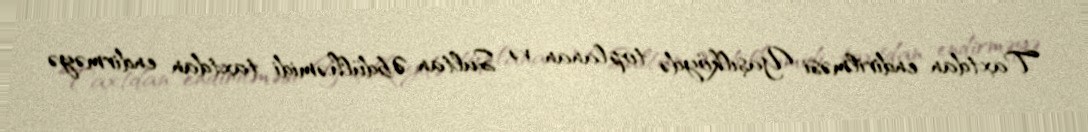
Taxtdan endirilməsi Yaşılköydə toplanan və Sultan Əbdülhəmidi taxtdan endirməyə